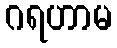
ဂရဟာမ